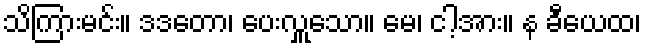
သိကြားမင်း။ ဒဒတော၊ ပေးလှူသော။ မေ၊ ငါ့အား။ န ခီယေထ၊